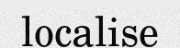
localise